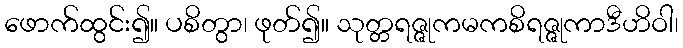
ဖောက်ထွင်း၍။ ပစိတွာ၊ ဖုတ်၍။ သုတ္တရဇ္ဇုကမကစိရဇ္ဇုကာဒီဟိဝါ၊